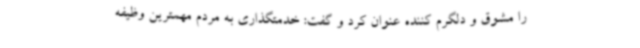
را مشوق و دلگرم کننده عنوان کرد و گفت: خدمتگذاری به مردم مهمترین وظیفه